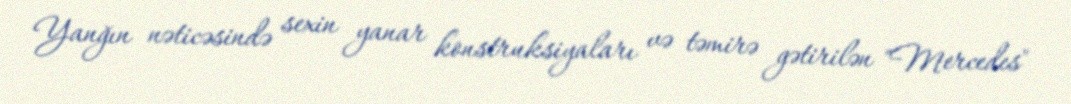
Yanğın nəticəsində sexin yanar konstruksiyaları və təmirə gətirilən "Mercedes"